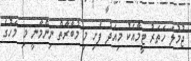
ޖުމުލަ ހަތަރު ޓީމާއެކު މިއަދު ފެށި މި މުބާރާތް ނިންމާނީ މި މަހުގެ